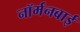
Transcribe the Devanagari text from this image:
नॉर्मनबाई